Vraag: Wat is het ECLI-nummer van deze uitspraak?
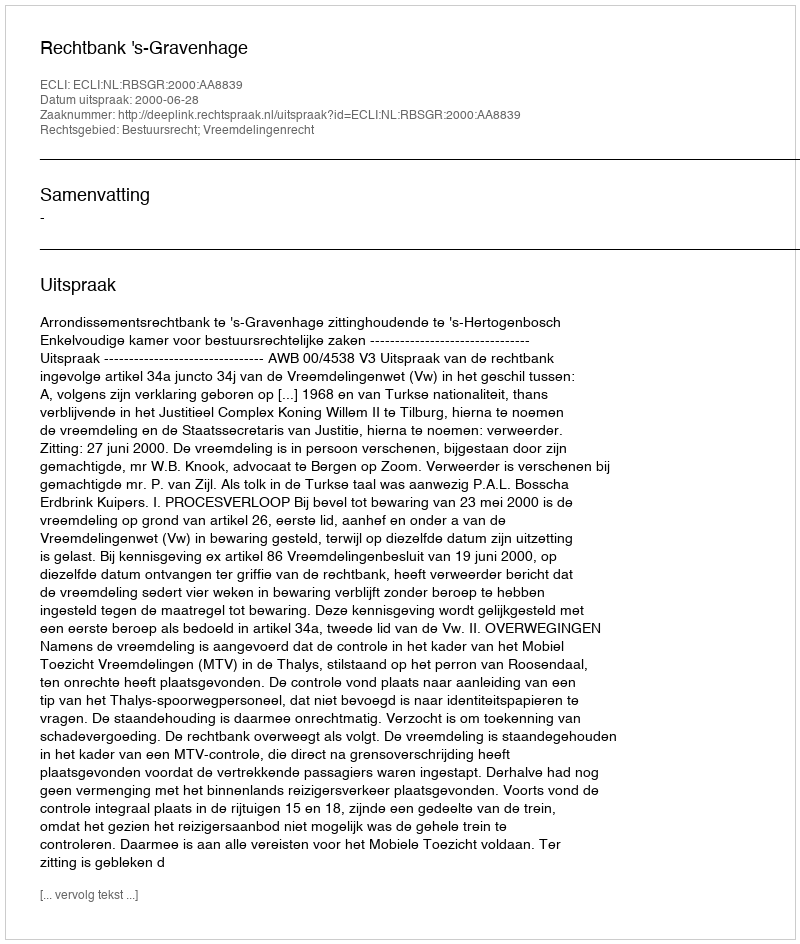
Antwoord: ECLI:NL:RBSGR:2000:AA8839